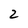
Character: 2